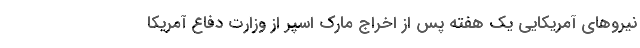
نیروهای آمریکایی یک هفته پس از اخراج مارک اسپر از وزارت دفاع آمریکا